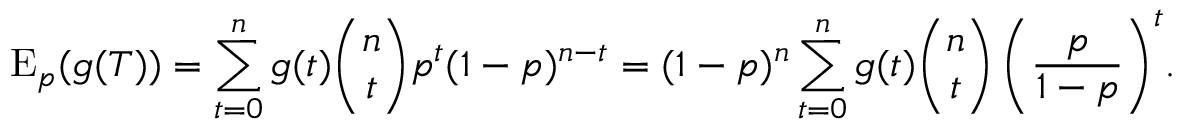
\operatorname { E } _ { p } ( g ( T ) ) = \sum _ { t = 0 } ^ { n } { g ( t ) { \binom { n } { t } } p ^ { t } ( 1 - p ) ^ { n - t } } = ( 1 - p ) ^ { n } \sum _ { t = 0 } ^ { n } { g ( t ) { \binom { n } { t } } \left( { \frac { p } { 1 - p } } \right) ^ { t } } .